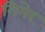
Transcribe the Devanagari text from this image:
गिगेर